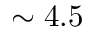
\sim 4 . 5